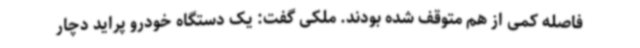
فاصله کمی از هم متوقف شده بودند. ملکی گفت: یک دستگاه خودرو پراید دچار